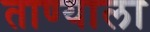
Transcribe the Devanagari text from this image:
ताण्याला